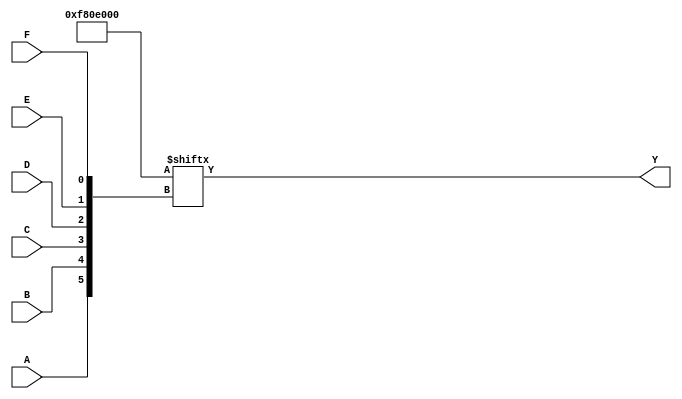
module kmap_6var (
    input wire A,   // Input variable A
    input wire B,   // Input variable B
    input wire C,   // Input variable C
    input wire D,   // Input variable D
    input wire E,   // Input variable E
    input wire F,   // Input variable F
    output wire Y   // Output variable Y
);

    // Internal wire to hold the K-map output
    wire [63:0] kmap; // 4 rows x 16 columns = 64 cells

    // Assign values to the K-map based on the minterms
    assign kmap[0]   = 0; // A'B'C'D'E'F'
    assign kmap[1]   = 0; // A'B'C'D'E'F
    assign kmap[2]   = 0; // A'B'C'D'EF
    assign kmap[3]   = 0; // A'B'C'DEF'
    assign kmap[4]   = 0; // A'B'C'DEF
    assign kmap[5]   = 0; // A'B'CDE'F'
    assign kmap[6]   = 0; // A'B'CDE'F
    assign kmap[7]   = 0; // A'B'CDEF'
    assign kmap[8]   = 0; // A'B'CDEF
    assign kmap[9]   = 0; // A'BC'D'E'F'
    assign kmap[10]  = 0; // A'BC'D'E'F
    assign kmap[11]  = 0; // A'BC'D'EF
    assign kmap[12]  = 0; // A'BC'DEF'
    assign kmap[13]  = 1; // A'BC'DEF
    assign kmap[14]  = 1; // A'BCD'E'F'
    assign kmap[15]  = 1; // A'BCD'E'F
    assign kmap[16]  = 0; // A'BCD'EF
    assign kmap[17]  = 0; // A'BCDEF'
    assign kmap[18]  = 0; // A'BCDEF
    assign kmap[19]  = 0; // AB'C'D'E'F'
    assign kmap[20]  = 0; // AB'C'D'E'F
    assign kmap[21]  = 0; // AB'C'D'EF
    assign kmap[22]  = 0; // AB'C'DEF'
    assign kmap[23]  = 1; // AB'C'DEF
    assign kmap[24]  = 1; // AB'CDE'F'
    assign kmap[25]  = 1; // AB'CDE'F
    assign kmap[26]  = 1; // AB'CDEF'
    assign kmap[27]  = 1; // AB'CDEF
    assign kmap[28]  = 0; // ABC'D'E'F'
    assign kmap[29]  = 0; // ABC'D'E'F
    assign kmap[30]  = 0; // ABC'D'EF
    assign kmap[31]  = 0; // ABC'DEF'
    assign kmap[32]  = 0; // ABC'DEF
    assign kmap[33]  = 0; // ABCDE'F'
    assign kmap[34]  = 0; // ABCDE'F
    assign kmap[35]  = 0; // ABCDEF'
    assign kmap[36]  = 0; // ABCDEF
    assign kmap[37]  = 0; // AB'C'D'E'F'
    assign kmap[38]  = 0; // AB'C'D'E'F
    assign kmap[39]  = 0; // AB'C'D'EF
    assign kmap[40]  = 0; // AB'C'DEF'
    assign kmap[41]  = 0; // AB'C'DEF
    assign kmap[42]  = 0; // AB'CDE'F'
    assign kmap[43]  = 0; // AB'CDE'F
    assign kmap[44]  = 0; // AB'CDEF'
    assign kmap[45]  = 0; // AB'CDEF
    assign kmap[46]  = 0; // ABC'D'E'F'
    assign kmap[47]  = 0; // ABC'D'E'F
    assign kmap[48]  = 0; // ABC'D'EF
    assign kmap[49]  = 0; // ABC'DEF'
    assign kmap[50]  = 0; // ABC'DEF
    assign kmap[51]  = 0; // ABCDE'F'
    assign kmap[52]  = 0; // ABCDE'F
    assign kmap[53]  = 0; // ABCDEF'
    assign kmap[54]  = 0; // ABCDEF
    assign kmap[55]  = 0; // A'B'C'D'E'F'
    assign kmap[56]  = 0; // A'B'C'D'E'F
    assign kmap[57]  = 0; // A'B'C'D'EF
    assign kmap[58]  = 0; // A'B'C'DEF'
    assign kmap[59]  = 0; // A'B'C'DEF
    assign kmap[60]  = 0; // A'BC'D'E'F'
    assign kmap[61]  = 0; // A'BC'D'E'F
    assign kmap[62]  = 0; // A'BC'D'EF
    assign kmap[63]  = 0; // A'BC'DEF'

    // Output Y is the logical OR of the K-map cells based on the input combination
    assign Y = kmap[{A, B, C, D, E, F}];

endmodule